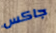
جاكس